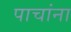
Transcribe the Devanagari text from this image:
पाचांना